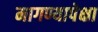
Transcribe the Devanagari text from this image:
मागण्यापेक्षा